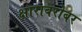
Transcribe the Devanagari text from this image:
क्षाराबरोबर